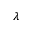
\lambda